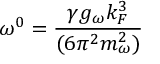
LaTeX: \omega ^ { 0 } = \frac { \gamma g _ { \omega } k _ { F } ^ { 3 } } { ( 6 \pi ^ { 2 } m _ { \omega } ^ { 2 } ) }